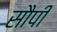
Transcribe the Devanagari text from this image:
सौपीं